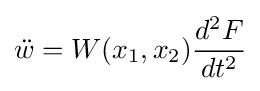
{\ddot {w}}=W(x_{1},x_{2}){\frac {d^{2}F}{dt^{2}}}